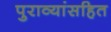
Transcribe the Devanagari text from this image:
पुराव्यांसहित